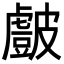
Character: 𭽷